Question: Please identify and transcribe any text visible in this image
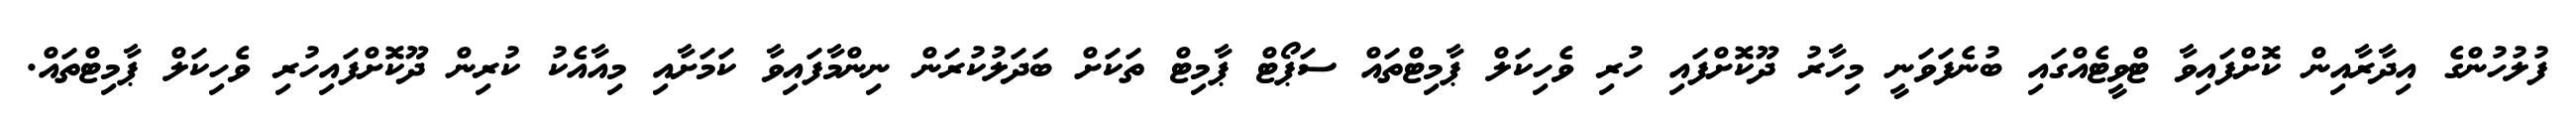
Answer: ފުލުހުންގެ އިދާރާއިން ކޮށްފައިވާ ޓްވީޓެއްގައި ބުނެފަވަނީ މިހާރު ދޫކޮށްފައި ހުރި ވެހިކަލް ޕާމިޓްތައް ސަޕޯޓް ޕާމިޓް ތަކަށް ބަދަލުކުރަން ނިންމާފައިވާ ކަމަށާއި މިއާއެކު ކުރިން ދޫކޮށްފައިހުރި ވެހިކަލް ޕާމިޓްތައް.